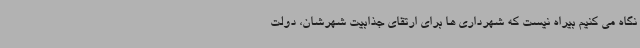
نگاه می کنیم بیراه نیست که شهرداری ها برای ارتقای جذابیت شهرشان، دولت